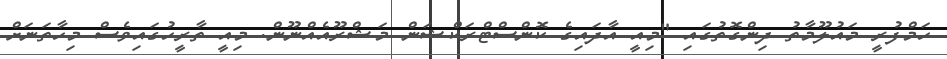
ހަމްފުރީ މައުލޫމާތު ދިންގޮތުގައި "މިއީ އާދައިގެ ކޮންސްޓްރަކްޝަން މަޝްރޫއެއްނޫން. މިއީ ތާރީހުގައިވެސް މިހާތަނަށް